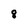
Character: 8